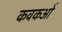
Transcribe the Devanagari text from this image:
कवकओं